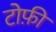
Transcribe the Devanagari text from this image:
टोफ़ी